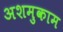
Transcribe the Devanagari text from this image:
अशमुकाम